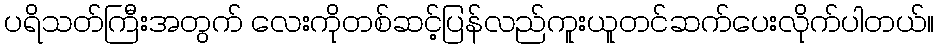
ပရိသတ်ကြီးအတွက် လေးကိုတစ်ဆင့်ပြန်လည်ကူးယူတင်ဆက်ပေးလိုက်ပါတယ်။